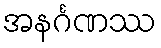
အနင်္ဂဏဿ